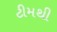
ટીમથી